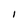
Character: I